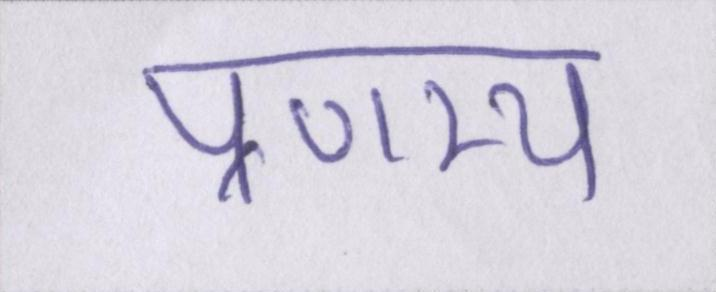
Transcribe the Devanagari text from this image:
प्रणम्य